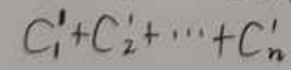
$C_{1}' + C_{2}' + \cdots + C_{n}'$